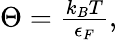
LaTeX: \begin{array}{r}{\Theta=\frac{k_{B}T}{\epsilon_{F}},}\end{array}